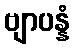
ဗျာပန္နံ